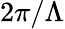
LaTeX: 2\pi/\Lambda